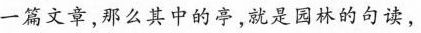
一篇文章，那么其中的亭，就是园林的句读，